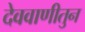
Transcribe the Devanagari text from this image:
देववाणीतुन